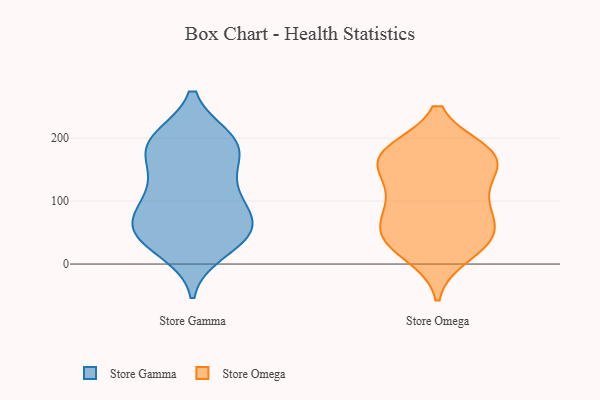
{"axis": {"x": "Website Visitors", "y": "Value"}, "legend": ["Store Gamma", "Store Omega"], "data": [{"x": "", "y": 194, "type": "Store Gamma"}, {"x": "", "y": 199, "type": "Store Gamma"}, {"x": "", "y": 68, "type": "Store Gamma"}, {"x": "", "y": 170, "type": "Store Gamma"}, {"x": "", "y": 120, "type": "Store Gamma"}, {"x": "", "y": 21, "type": "Store Gamma"}, {"x": "", "y": 199, "type": "Store Gamma"}, {"x": "", "y": 180, "type": "Store Gamma"}, {"x": "", "y": 50, "type": "Store Gamma"}, {"x": "", "y": 116, "type": "Store Gamma"}, {"x": "", "y": 45, "type": "Store Gamma"}, {"x": "", "y": 155, "type": "Store Gamma"}, {"x": "", "y": 58, "type": "Store Gamma"}, {"x": "", "y": 196, "type": "Store Gamma"}, {"x": "", "y": 48, "type": "Store Gamma"}, {"x": "", "y": 71, "type": "Store Gamma"}, {"x": "", "y": 84, "type": "Store Gamma"}, {"x": "", "y": 33, "type": "Store Gamma"}, {"x": "", "y": 106, "type": "Store Gamma"}, {"x": "", "y": 119, "type": "Store Omega"}, {"x": "", "y": 170, "type": "Store Omega"}, {"x": "", "y": 45, "type": "Store Omega"}, {"x": "", "y": 90, "type": "Store Omega"}, {"x": "", "y": 74, "type": "Store Omega"}, {"x": "", "y": 105, "type": "Store Omega"}, {"x": "", "y": 41, "type": "Store Omega"}, {"x": "", "y": 38, "type": "Store Omega"}, {"x": "", "y": 169, "type": "Store Omega"}, {"x": "", "y": 47, "type": "Store Omega"}, {"x": "", "y": 177, "type": "Store Omega"}, {"x": "", "y": 159, "type": "Store Omega"}, {"x": "", "y": 175, "type": "Store Omega"}, {"x": "", "y": 16, "type": "Store Omega"}, {"x": "", "y": 168, "type": "Store Omega"}]}